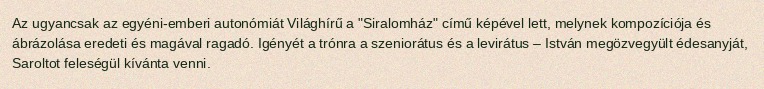
Az ugyancsak az egyéni-emberi autonómiát Világhírű a "Siralomház" című képével lett, melynek kompozíciója és ábrázolása eredeti és magával ragadó. Igényét a trónra a szeniorátus és a levirátus – István megözvegyült édesanyját, Saroltot feleségül kívánta venni.